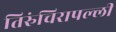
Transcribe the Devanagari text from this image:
तिरुंचिरापल्ली